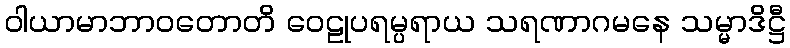
ဝါယာမာဘာဝတောတိ ဝေဠုပရမ္ပရာယ သရဏာဂမနေ သမ္မာဒိဋ္ဌီ